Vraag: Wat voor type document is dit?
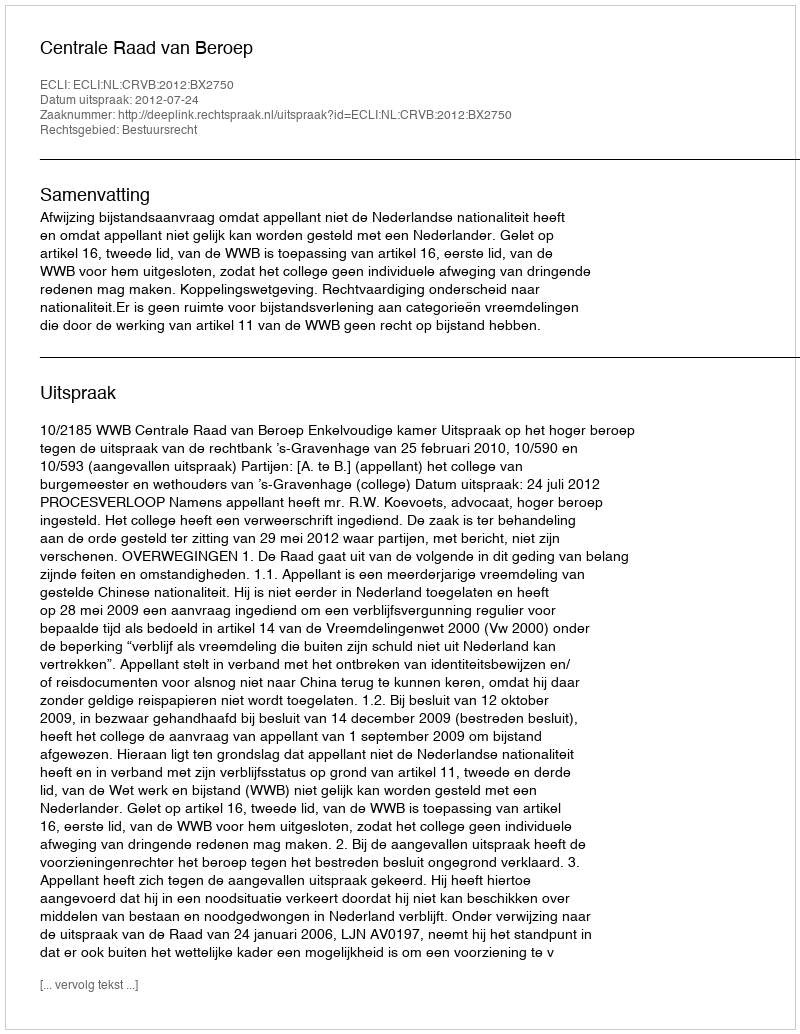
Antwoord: Uitspraak